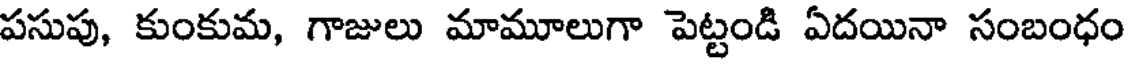
పసుపు, కుంకుమ, గాజులు మామూలుగా పెట్టండి ఏదయినా సంబంధం